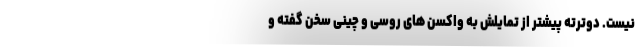
نیست. دوترته پیشتر از تمایلش به واکسن ‌های روسی و چینی سخن گفته و